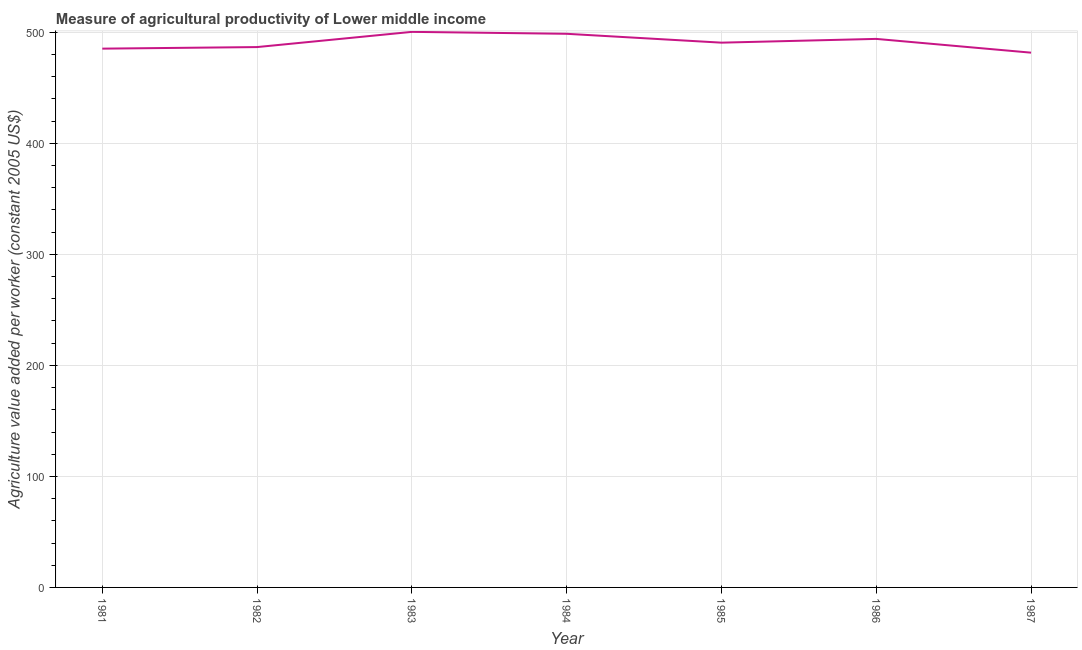
| Year | Agriculture value added per worker |
 | --- | --- |
 | 1981 | 485 |
 | 1982 | 487 |
 | 1983 | 500 |
 | 1984 | 499 |
 | 1985 | 491 |
 | 1986 | 494 |
 | 1987 | 482 |